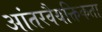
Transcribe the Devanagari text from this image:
आंतरवैयक्तिकता